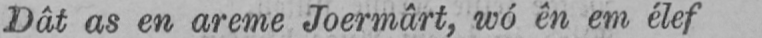
Dât as en areme Joermârt, wó ên em élef